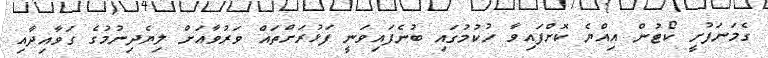
ގެމަނަފުށީ ކޯޓުން އިއްޔެ ކޮށްފައިވާ ހުކުމުގައި ބުނެފައިވަނީ ފަޅުރަށްތައް ވަރުވާއަށް ލިޔެދިނުމުގެ ގަވާއިދާއި